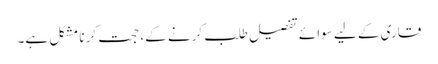
قاری کے لیے سوائے تفصیل طلب کرنے کے، حجت کرنا مشکل ہے۔